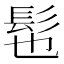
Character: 髢